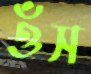
ওঁস